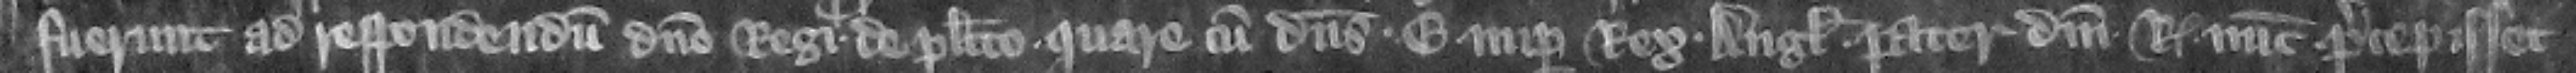
fuerunt ad respondendum domino regi de placito quare cum dominus E. nuper rex Anglie pater domini regis nunc precepisset